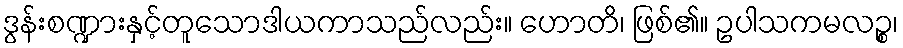
ဒွန်းစဏ္ဍားနှင့်တူသောဒါယကာသည်လည်း။ ဟောတိ၊ ဖြစ်၏။ ဥပါသကမလဉ္စ၊